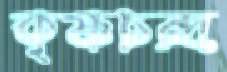
কৃষ্ণচন্দ্র